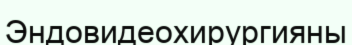
Эндовидеохирургияны